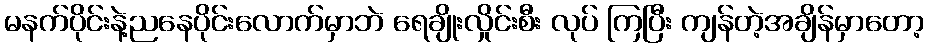
မနက်ပိုင်းနဲ့ညနေပိုင်းလောက်မှာဘဲ ရေချိုးလှိုင်းစီး လုပ် ကြပြီး ကျန်တဲ့အချိန်မှာတော့